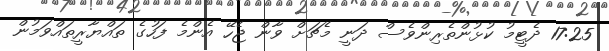
17:25 ދެޓީމު ކުޅުންތެރިންވެސް ދަނީ މެޗަށް ވާން ޖެހޭ އެންމެ ފަހުގެ ތައްޔާރީތައްވަމުން